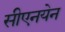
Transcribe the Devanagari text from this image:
सीएनयेन